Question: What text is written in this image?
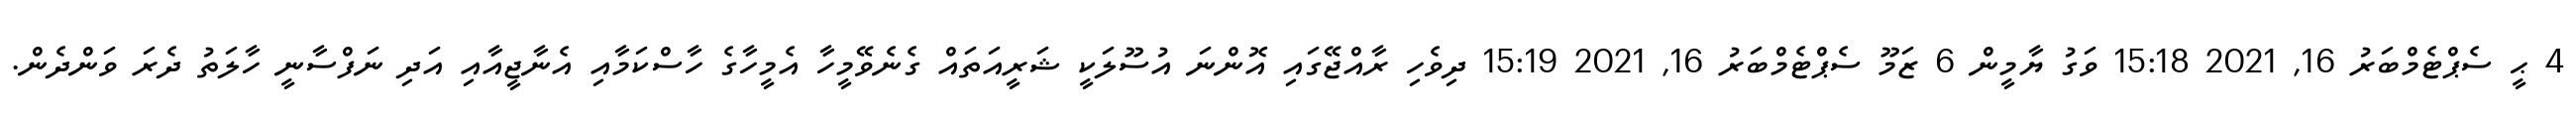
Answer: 4 ޙީ ސެޕްޓެމްބަރު 16, 2021 15:18 ވަގު ޔާމީން 6 ޒަމޫ ސެޕްޓެމްބަރު 16, 2021 15:19 ދިވެހި ރާއްޖޭގައި އޮންނަ އުސޫލަކީ ޝަރީއަތައް ގެނެވޭމީހާ އެމީހާގެ ހާސްކަމާއި އެނާޖީއާއި އަދި ނަފްސާނީ ހާލަތު ދެރަ ވަންދެން.